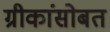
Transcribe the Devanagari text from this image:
ग्रीकांसोबत